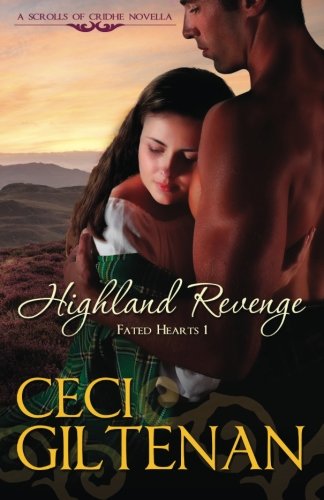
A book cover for Highland Revenge (Fated Hearts) (Volume 1); Ceci Giltenan; Romance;